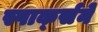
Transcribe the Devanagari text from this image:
स्पार्क्‍सने